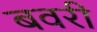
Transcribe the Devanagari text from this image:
बवरी